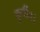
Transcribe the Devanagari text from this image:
कुर्वीत।